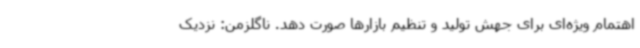
اهتمام ویژه‌ای برای جهش تولید و تنظیم بازارها صورت دهد. ناگلزمن: نزدیک